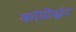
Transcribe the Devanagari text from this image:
कॉग्नीझंट